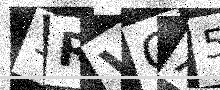
Text: 3RVCA5